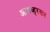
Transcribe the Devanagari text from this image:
आयव्हरसन